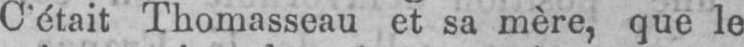
C’était Thomasseau et sa mère, que le